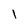
Character: l